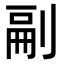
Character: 𭃴